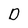
Character: D